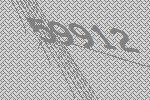
59912